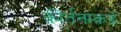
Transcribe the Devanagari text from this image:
कीर्तनाकडे